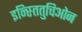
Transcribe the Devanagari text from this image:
इन्स्तितुचिओन